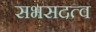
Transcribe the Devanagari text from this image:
सभसदत्व